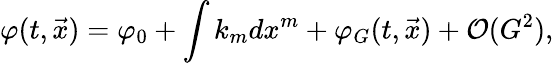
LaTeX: \varphi(t,{\vec{x}})=\varphi_{0}+\int k_{m}dx^{m}+\varphi_{G}(t,{\vec{x}})+{\cal O}(G^{2}),